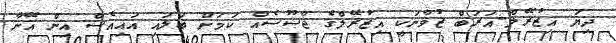
ދިޔަ އިޒުރޭލް-އަރަބް ޒުވާނަކީ އިޒުރޭލްގެ ޖާސޫސެއް ކަމަށް ބަލައި އައިއެސް އިން އޭނާ